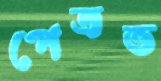
পেত্রভ